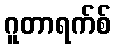
ဂူတာရက်စ်